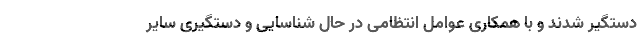
دستگیر شدند و با همکاری عوامل انتظامی در حال شناسایی و دستگیری سایر